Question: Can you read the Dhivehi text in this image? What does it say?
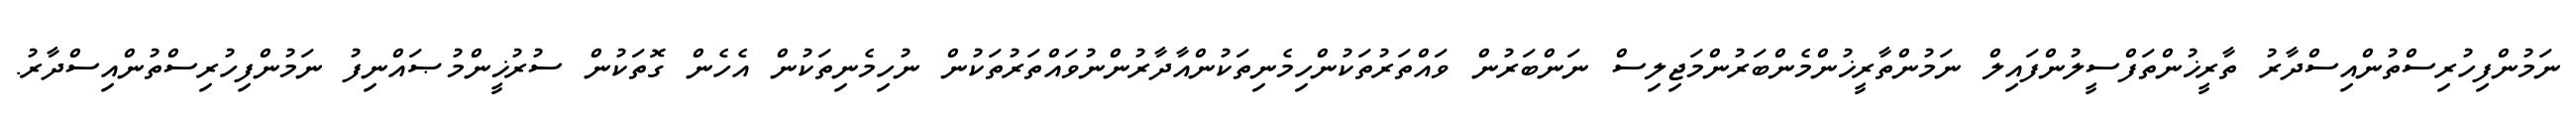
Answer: ނަމުންފިހުރިސްތުންއިސްދާރު ތާރީޚުންތަފްސީލުންފައިލް ނަމުންތާރީޚުންމެންބަރުންމަޖިލިސް ނަންބަރުން ވައްތަރުތަކުންހިމެނިތަކުންއާދާރުންނުވައްތަރުތަކުން ނުހިމެނިތަކުން އެހެން ގޮތަކުން ސުރުޚީންމުޞައްނިފު ނަމުންފިހުރިސްތުންއިސްދާރު.